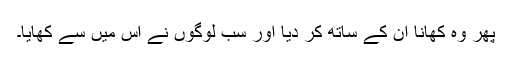
پھر وہ کھانا ان کے ساتھ کر دیا اور سب لوگوں نے اس میں سے کھایا۔